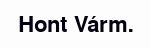
Hont Várm.